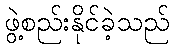
ဖွဲ့စည်းနိုင်ခဲ့သည်